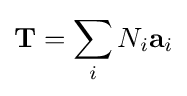
\mathbf {T} =\sum _{i}N_{i}\mathbf {a} _{i}